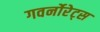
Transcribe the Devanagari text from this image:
गवर्नोरेट्स